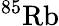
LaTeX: ^{85}\mathrm{Rb}